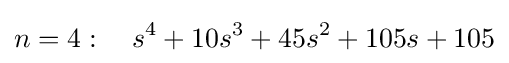
n=4:\quad s^{4}+10s^{3}+45s^{2}+105s+105